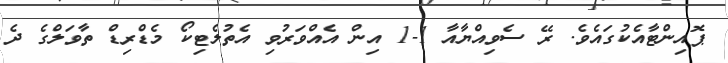
ޕޮއިންޓާއެކުގައެވެ. ރޭ ސެވިއްޔާއާ 1-1 އިން އެއްވަރުވި އެތުލެޓިކޯ މެޑްރިޑް ތާވަލްގެ ދެ